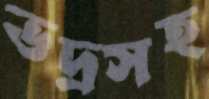
ভদ্রসহ